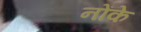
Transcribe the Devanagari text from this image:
नोंके